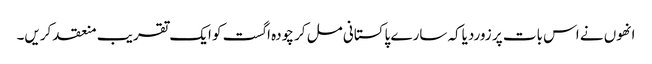
انھوں نے اس بات پر زوردیاکہ سارے پاکستانی مل کر چودہ اگست کو ایک تقریب منعقد کریں۔